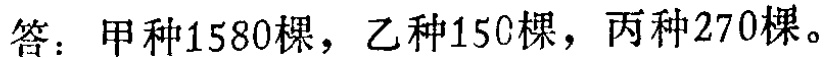
答：甲种1580棵，乙种150棵，丙种270棵。